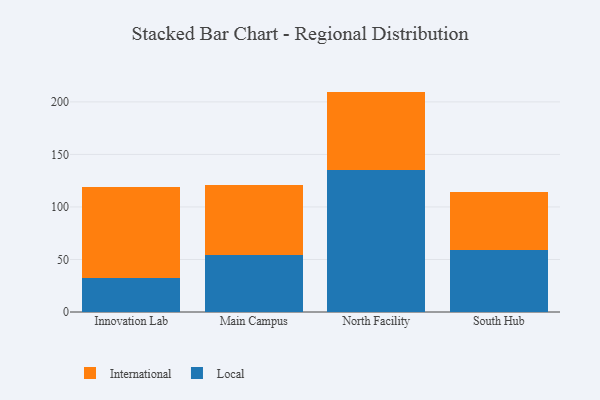
{"axis": {"x": "Campus", "y": "Demand Index"}, "legend": ["International", "Local"], "data": [{"x": "Innovation Lab", "y": 32.0, "type": "Local"}, {"x": "Innovation Lab", "y": 86.6, "type": "International"}, {"x": "Main Campus", "y": 53.9, "type": "Local"}, {"x": "Main Campus", "y": 67.0, "type": "International"}, {"x": "North Facility", "y": 135.3, "type": "Local"}, {"x": "North Facility", "y": 74.5, "type": "International"}, {"x": "South Hub", "y": 58.6, "type": "Local"}, {"x": "South Hub", "y": 56.1, "type": "International"}]}